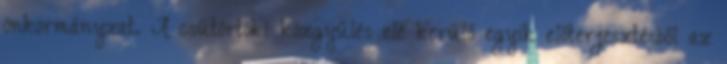
önkormányzat. A csütörtöki közgyűlés elé kerülő egyik előterjesztésből az